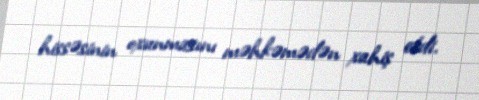
hissəsinin oxunmasını məhkəmədən xahiş etdi.